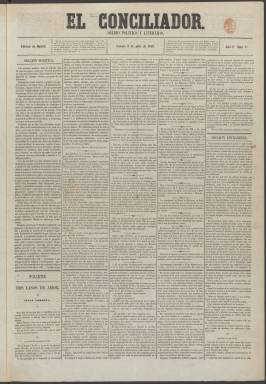
Título: El Conciliador (Madrid. 1859)
Colección: Periódicos
Ámbito geográfico: Madrid
Lugar de publicación: Madrid
Fechas: 09/07/1859-11/12/1859